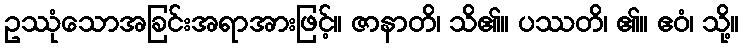
ဥဿုံသောအခြင်းအရာအားဖြင့်။ ဇာနာတိ၊ သိ၏။ ပဿတိ၊ ၏။ ဧဝံ၊ သို့။